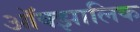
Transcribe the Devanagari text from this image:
ऑक्झालिक